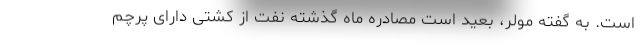
است. به گفته مولر، بعید است مصادره ماه گذشته نفت از کشتی دارای پرچم